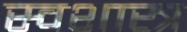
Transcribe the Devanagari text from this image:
स्वशास्त्र